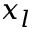
x _ { l }